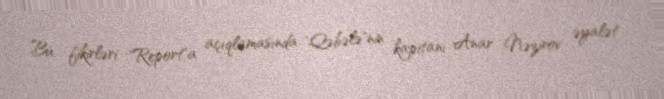
Bu fikirləri "Report"a açıqlamasında "Qəbələ"nin kapitanı Anar Nəzirov əyalət